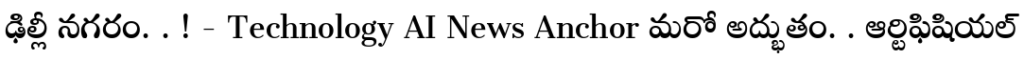
ఢిల్లీ నగరం. . ! - Technology AI News Anchor మరో అద్భుతం. . ఆర్టిఫిషియల్